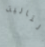
التالية